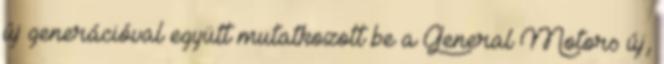
új generációval együtt mutatkozott be a General Motors új,